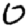
Digit: 0